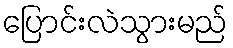
ပြောင်းလဲသွားမည်